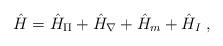
LaTeX: \begin{align*}\hat H = \hat{H}_{\Pi} + \hat{H}_{\nabla} + \hat{H}_m + \hat{H}_I \;,\end{align*}